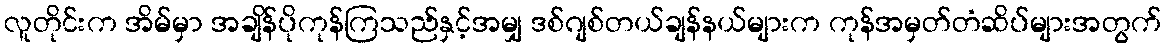
လူတိုင်းက အိမ်မှာ အချိန်ပိုကုန်ကြသည်နှင့်အမျှ ဒစ်ဂျစ်တယ်ချန်နယ်များက ကုန်အမှတ်တံဆိပ်များအတွက်